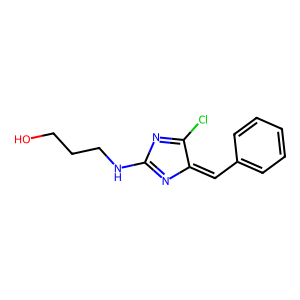
SMILES: OCCCNC1=NC(=Cc2ccccc2)C(Cl)=N1
Inhibits HIV replication: No